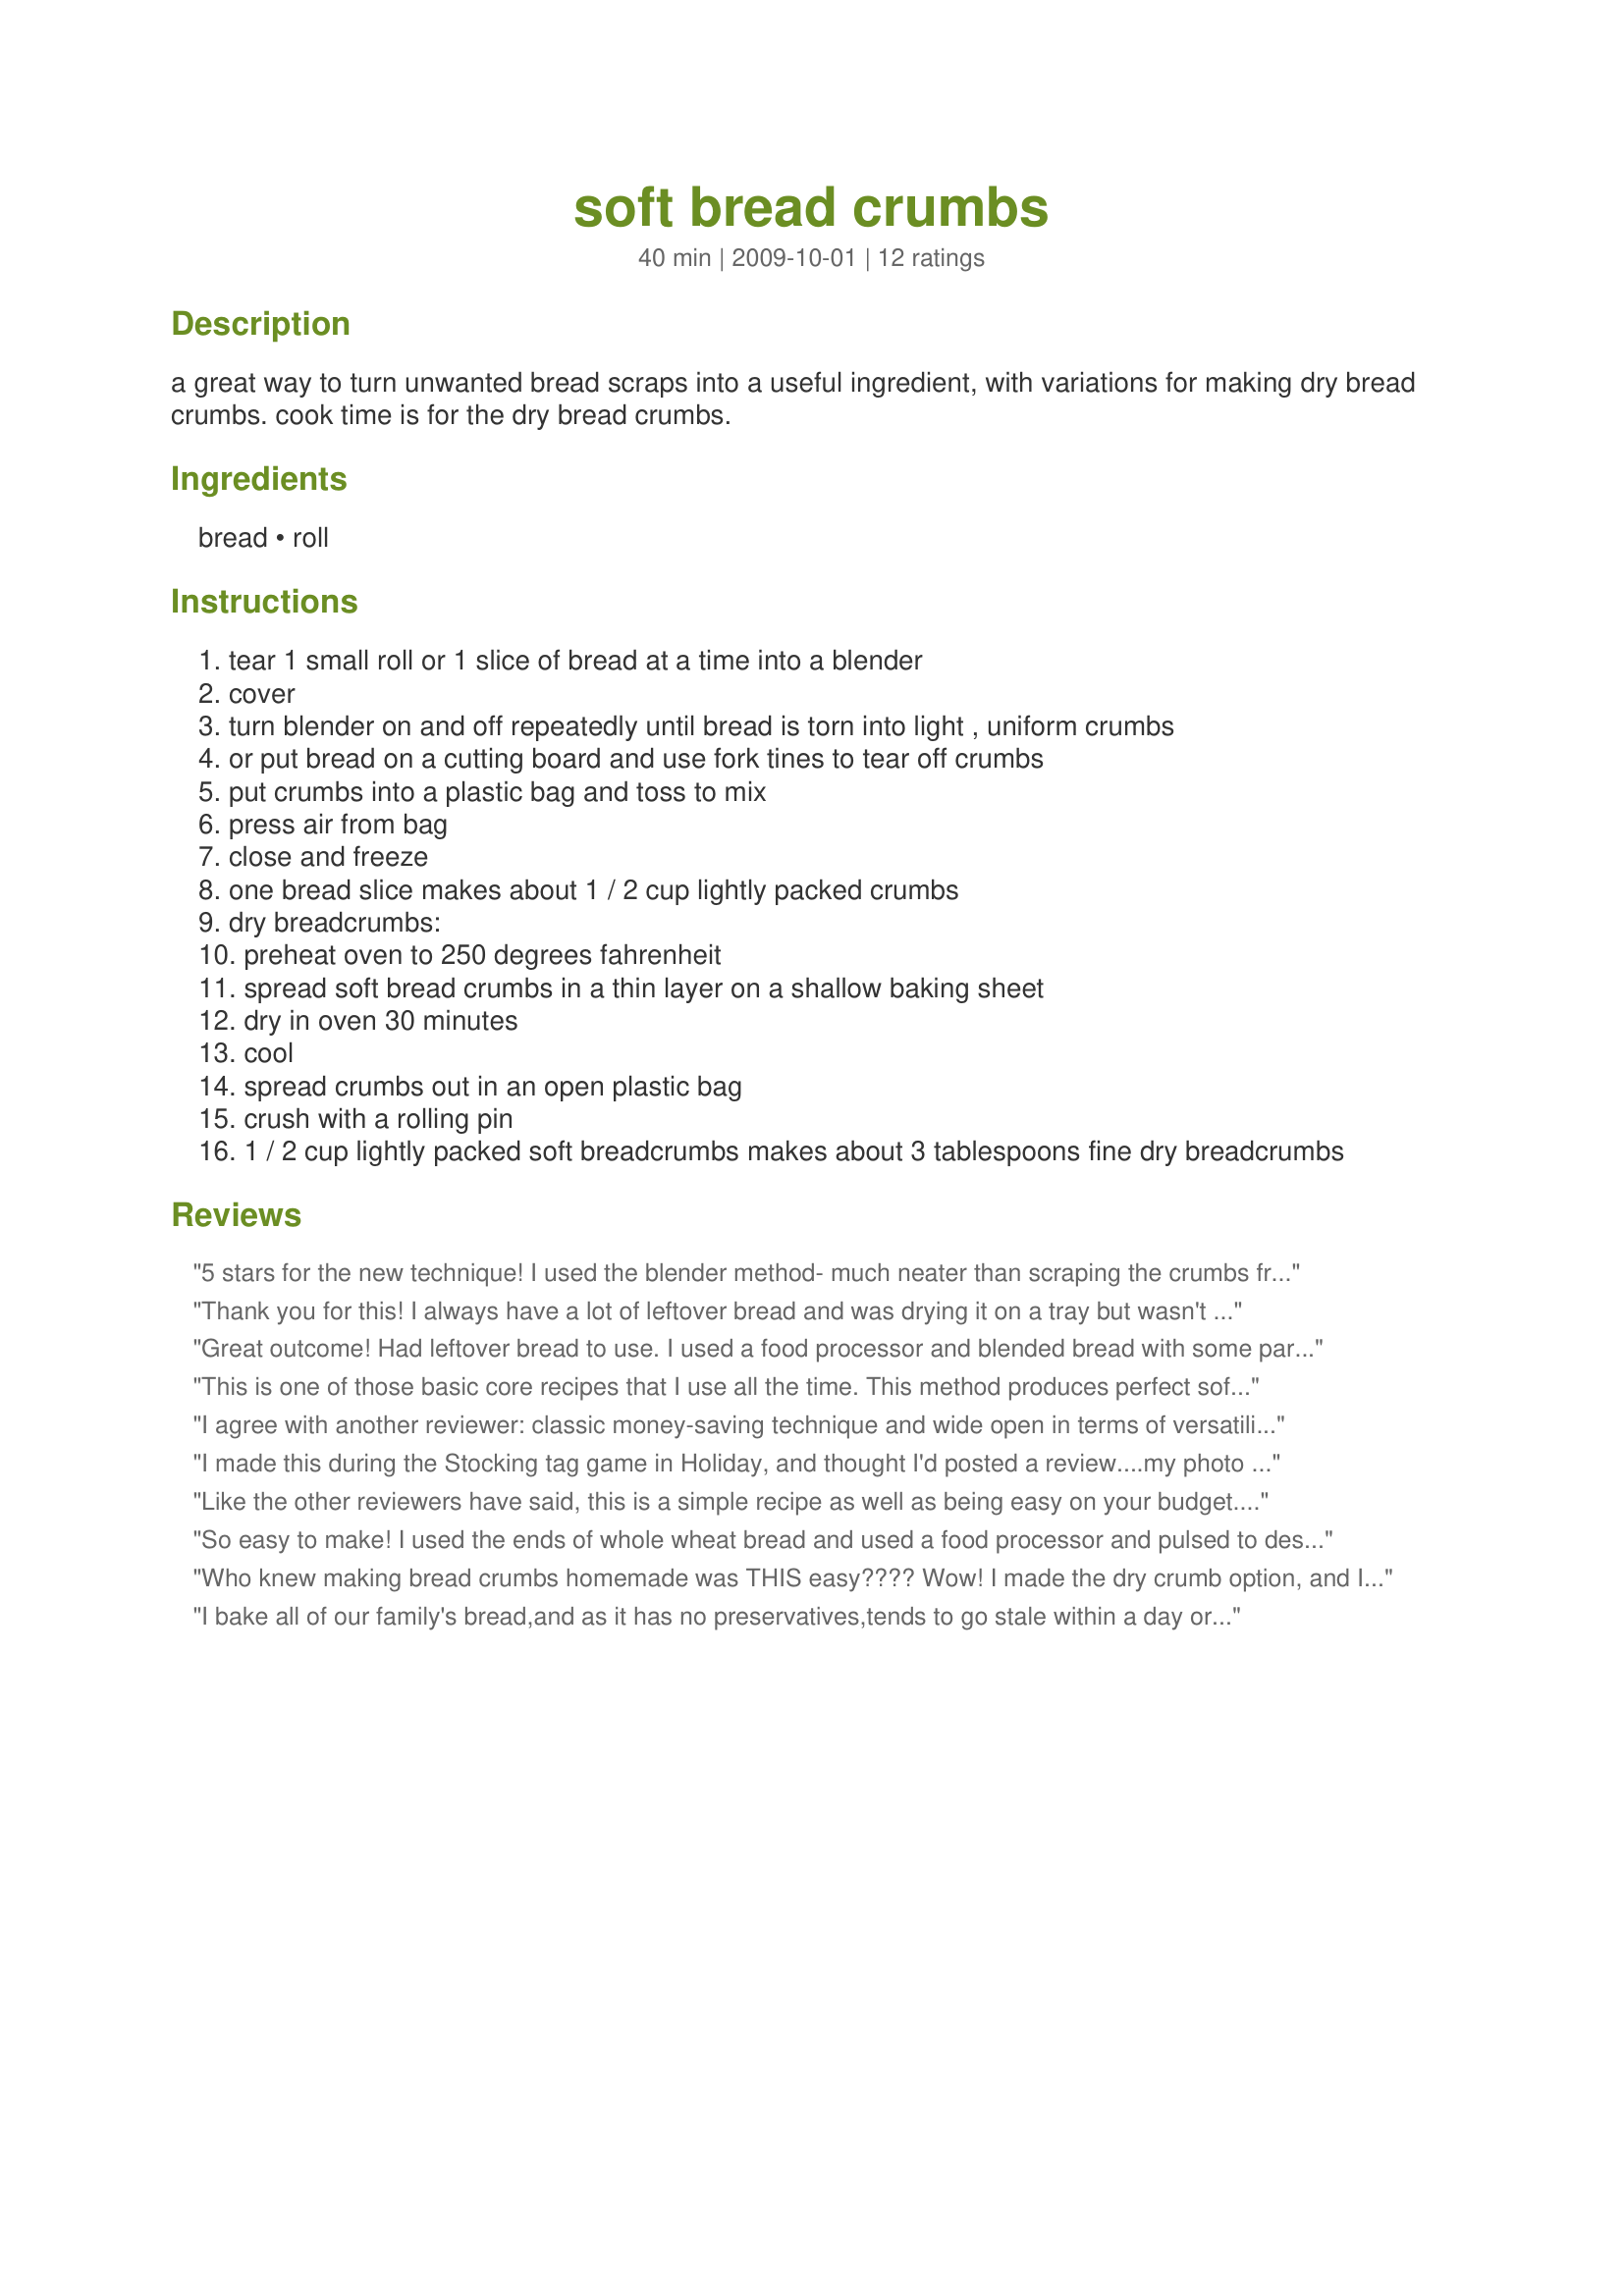
soft bread crumbs
Preparation time: 40 minutes

a great way to turn unwanted bread scraps into a useful ingredient, with variations for making dry bread crumbs.
cook time is for the dry bread crumbs.

Ingredients:
bread, roll

Steps:
tear 1 small roll or 1 slice of bread at a time into a blender
cover
turn blender on and off repeatedly until bread is torn into light , uniform crumbs
or put bread on a cutting board and use fork tines to tear off crumbs
put crumbs into a plastic bag and toss to mix
press air from bag
close and freeze
one bread slice makes about 1 / 2 cup lightly packed crumbs
dry breadcrumbs:
preheat oven to 250 degrees fahrenheit
spread soft bread crumbs in a thin layer on a shallow baking sheet
dry in oven 30 minutes
cool
spread crumbs out in an open plastic bag
crush with a rolling pin
1 / 2 cup lightly packed soft breadcrumbs makes about 3 tablespoons fine dry breadcrumbs

Reviews:
5 stars for the new technique! I used the blender method- much neater than scraping the crumbs from stale bread. Thanks for posting Deb!
Thank you for this! I always have a lot of leftover bread and was drying it on a tray but wasn't happy about it. Now I have not one but two solutions. I'll never buy breadcrumbs again.
Great outcome! Had leftover bread to use.
I used a food processor and blended bread with some parsley which I needed for a recipe. (Hence why the photo may be a little green.) Then I made more using just bread without parsley, which I have used to freeze.
Thanks Deb......Nobody could go wrong with this one
This is one of those basic core recipes that I use all the time. This method produces perfect soft and dry bread crumbs. Thanks
I agree with another reviewer: classic money-saving technique and wide open in terms of versatility. Thanks for posting, Debbwl! Made for Aussie New Zealand Recipe Swap.
I made this during the Stocking tag game in Holiday, and thought I'd posted a review....my photo is here, just not the review. This is a great way to use leftover bread and save some money! Thanks for sharing!
Like the other reviewers have said, this is a simple recipe as well as being easy on your budget. I used 2 sandwich buns which yielded 1 cup. I also plan to use the dried breadcrumb option. Thanks for sharing. Made for Photo Tag.
So easy to make! I used the ends of whole wheat bread and used a food processor and pulsed to desired size. I doubled the recipe and it was done in no time! I didn't dry them because I made buttered bread crumbs with it. Thanks! Made for Vegetarian Swap-Feb. 2010.
Who knew making bread crumbs homemade was THIS easy???? Wow! I made the dry crumb option, and I used the heavenly garlic bread from our local italian joint - pure heaven! Thanks so much for sharing this, Deb! Made for Zaar Stars.
I bake all of our family's bread,and as it has no preservatives,tends to go stale within a day or two..and I have been using it to make breadcrumbs like this for years.
This is a fantastic way of using up leftover bread,which has a multitude of uses (burgers,meatloaf,breading for chicken or fish..the list goes on!).
I freeze my crumbs in ziplock bags,and just get out what I need (it comes to room temperature fairly quickly).
Easily flavoured with parmesan,lemon zest or herbs to add a new twist.
Also,it's easy to dry them out too.
This has saved many a meal time,not to mention a few pounds over the years!!
Thanks for sharing!!
Great method! I won't need to run out to buy breadcrumbs when I'm out. I haven't tried the dried breadcrumb method yet but plan to soon. I'll also be using these crumbs to make Recipe #392344. Made for PRMR Tag.
This is an easy, money-saving technique that should be in every chef's repertoire. Seasonings of any sort can be added if desired. Thanks for posting! Made for Newest Zaar Tag.
